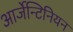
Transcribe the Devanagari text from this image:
आर्जेन्टिनियन